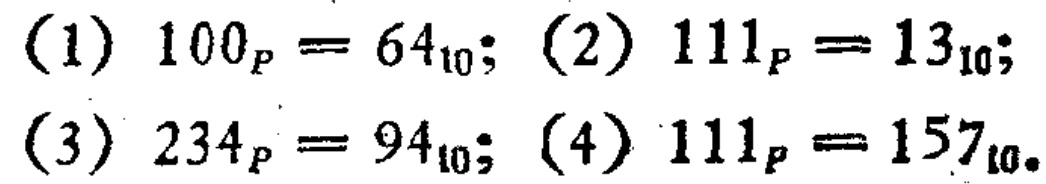
(1) \(100_{P}=64_{10}\); (2) \(111_{P}=13_{10}\);

(3) \(234_{P}=94_{10}\); (4) \(111_{P}=157_{10}\).